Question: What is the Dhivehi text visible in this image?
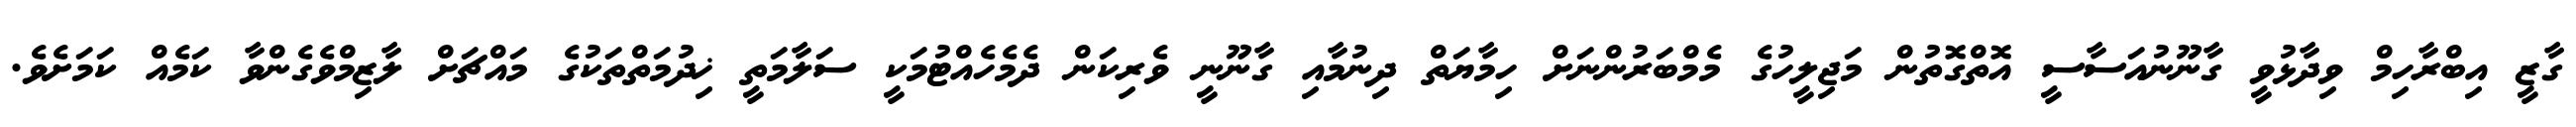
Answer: ގާޒީ އިބްރާހިމް ވިދާޅުވީ ގާނޫނުއަސާސީ އޮތްގޮތުން މަޖިލީހުގެ މެމްބަރުންނަށް ހިމާޔަތް ދިނުމާއި ގާނޫނީ ވެރިކަން ދެމެހެއްޓުމަކީ ސަލާމަތީ ޚިދުމަތްތަކުގެ މައްޗަށް ލާޒިމްވެގެންވާ ކަމެއް ކަމަށެވެ.